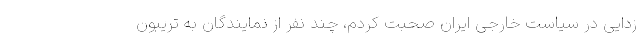
زدایی در سیاست خارجی ایران صحبت کردم، چند نفر از نمایندگان به تریبون